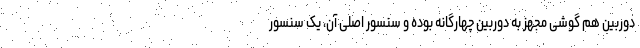
دوربین هم گوشی مجهز به دوربین چهارگانه بوده و سنسور اصلی آن، یک سنسور